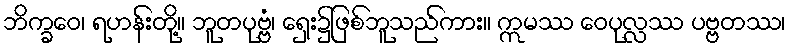
ဘိက္ခဝေ၊ ရဟန်းတို့။ ဘူတပုဗ္ဗံ၊ ရှေး၌ဖြစ်ဘူသည်ကား။ ဣမဿ ဝေပုလ္လဿ ပဗ္ဗတဿ၊